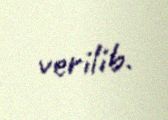
verilib.